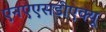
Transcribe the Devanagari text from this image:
एनएएसडीएक्यू